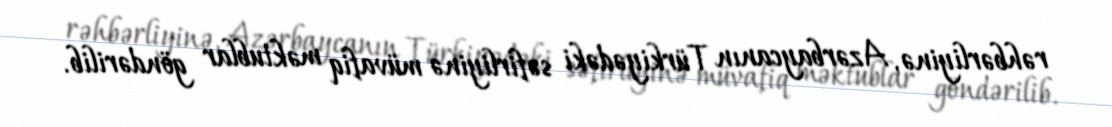
rəhbərliyinə, Azərbaycanın Türkiyədəki səfirliyinə müvafiq məktublar göndərilib.